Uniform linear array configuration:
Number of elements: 12
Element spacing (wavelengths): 0.75
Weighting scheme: binomial
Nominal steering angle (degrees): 60
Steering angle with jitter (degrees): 60.036
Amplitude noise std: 0.05
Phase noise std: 0.05

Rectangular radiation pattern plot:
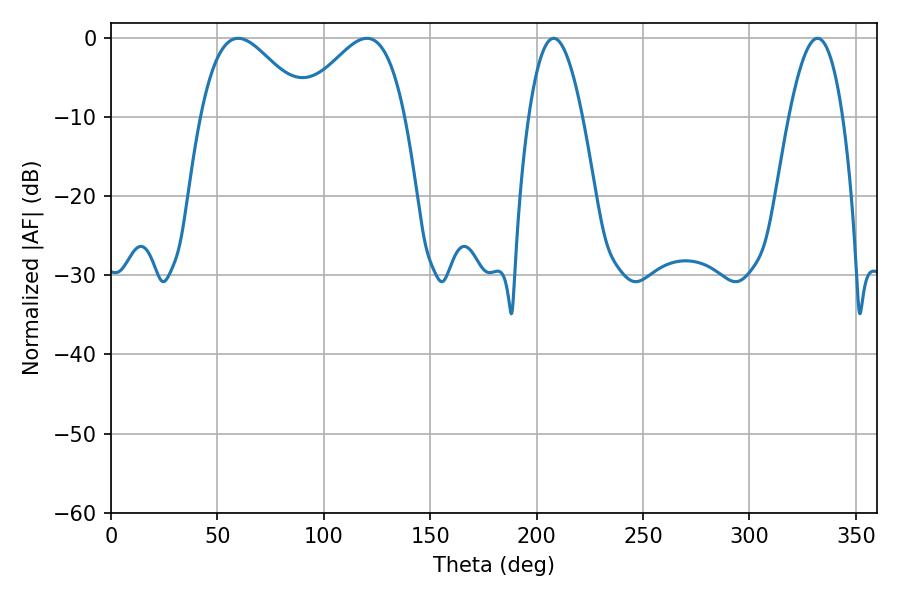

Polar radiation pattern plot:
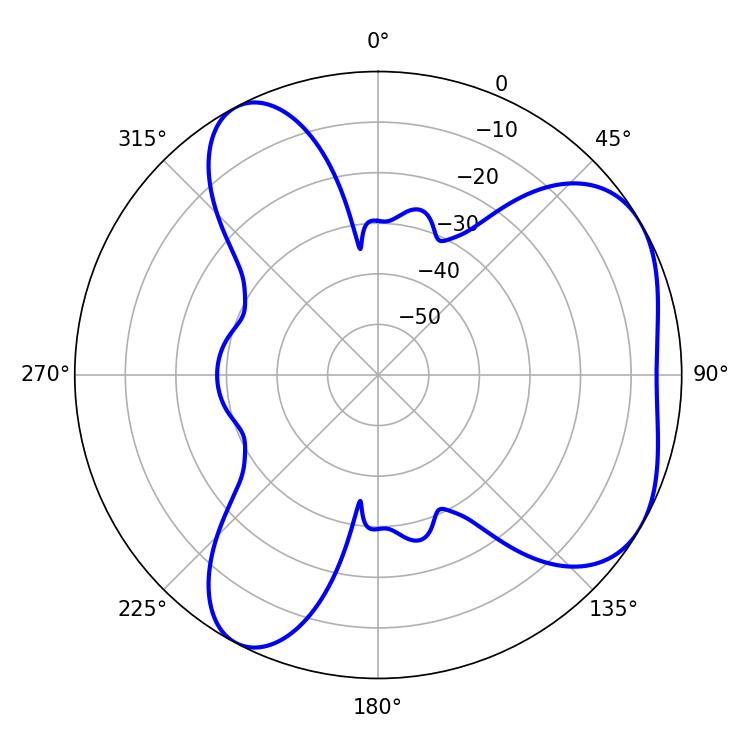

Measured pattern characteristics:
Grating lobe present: TRUE
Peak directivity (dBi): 4.924
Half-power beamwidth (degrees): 26.64
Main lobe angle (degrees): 59.76